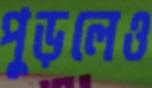
পুড়লেও